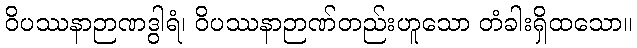
ဝိပဿနာဉာဏဒွါရံ၊ ဝိပဿနာဉာဏ်တည်းဟူသော တံခါးရှိထသော။